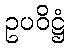
ဥပဝိဋ္ဌံ